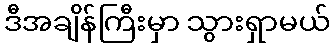
ဒီအချိန်ကြီးမှာ သွားရှာမယ်